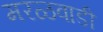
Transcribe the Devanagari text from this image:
मरळवाडी